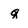
Character: q